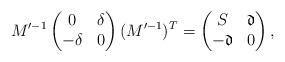
LaTeX: \begin{align*}M'^{-1}\begin{pmatrix}0 &\delta \\-\delta & 0\end{pmatrix}(M'^{-1})^{T}=\begin{pmatrix}S & \mathfrak{d}\\-\mathfrak{d} & 0\end{pmatrix},\end{align*}